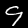
Digit: 9